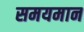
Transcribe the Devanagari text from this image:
समयमान